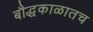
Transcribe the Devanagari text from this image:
बौद्धकाळातच